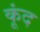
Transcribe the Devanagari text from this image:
कूंद